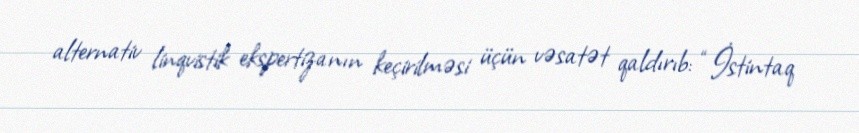
alternativ linqvistik ekspertizanın keçirilməsi üçün vəsatət qaldırıb: “İstintaq